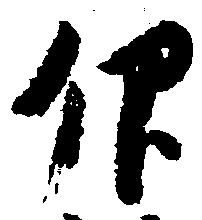
仰